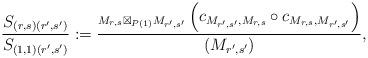
LaTeX: \begin{align*}\frac{S_{(r, s)(r',s')}}{S_{(1, 1)(r', s')}} := \frac{_{M_{r,s } \boxtimes_{P(1)}M_{r', s'}}\left( c_{M_{r', s'}, M_{r, s}}\circ c_{M_{r, s}, M_{r', s'}} \right)}{\left(M_{r', s'}\right)} ,\end{align*}